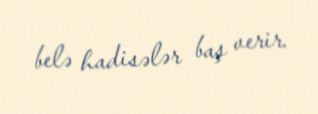
belə hadisələr baş verir.